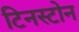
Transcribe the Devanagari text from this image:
टिनस्टोन